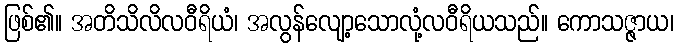
ဖြစ်၏။ အတိသိလိလဝီရိယံ၊ အလွန်လျော့သောလုံ့လဝီရိယသည်။ ကောသဇ္ဇာယ၊